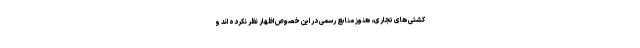
کشتی های تجاری، هنوز منابع رسمی در این خصوص اظهار نظر نکرده اند و